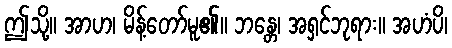
ဤသို့။ အာဟ၊ မိန့်တော်မူ၏။ ဘန္တေ၊ အရှင်ဘုရား။ အဟံပိ၊